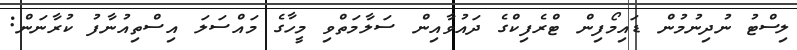
ލިސްޓު ނުދިނުމުން ޑައިމޯފިން ޓްރެފިކްގެ ދައުވާއިން ސަލާމަތްވި މީހާގެ މައްސަލަ އިސްތިއުނާފު ކުރާނަން: